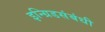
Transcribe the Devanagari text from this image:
इन्ग्रिडसंबंधी